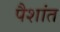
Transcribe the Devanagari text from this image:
पैशांत